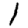
Digit: 1